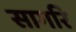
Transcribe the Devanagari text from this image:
सागरि